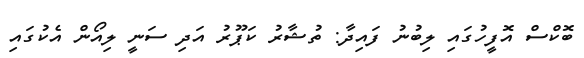
ބޮކްސް އޮފީހުގައި ލިބުނު ފައިދާ: ތުޝާރު ކަޕޫރު އަދި ސަނީ ލިއޯން އެކުގައި